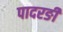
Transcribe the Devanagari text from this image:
पादरङी